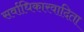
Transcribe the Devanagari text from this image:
सर्वाधिकारवादिता